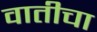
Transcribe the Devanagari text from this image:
वातीचा